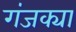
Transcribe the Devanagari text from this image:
गंजक्या